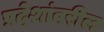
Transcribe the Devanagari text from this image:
प्रदेशांवरील